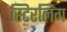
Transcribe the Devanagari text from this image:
स्टिरलिंग